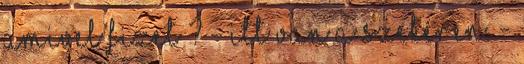
amivel fizet ? - Itt van a szekéren. -